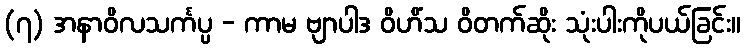
(၇) အနာဝိလသင်္ကပ္ပ - ကာမ ဗျာပါဒ ဝိဟိံသ ဝိတက်ဆိုး သုံးပါးကိုပယ်ခြင်း။